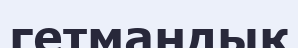
гетмандық